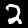
Label: 2